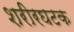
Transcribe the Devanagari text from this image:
शरीरघटक